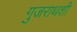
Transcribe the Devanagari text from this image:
गुजराथशी